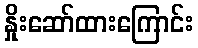
နှိုးဆော်ထားကြောင်း